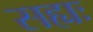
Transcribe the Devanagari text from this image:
सह्यः